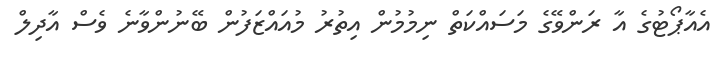
އެއާޕޯޓުގެ އާ ރަންވޭގެ މަސައްކަތް ނިމުމުން އިތުރު މުއައްޒަފުން ބޭނުންވާނެ ވެސް އާދިލް